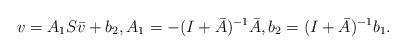
LaTeX: \begin{align*}v=A_1 S\bar v+b_2,A_1=-(I+\bar A)^{-1}\bar A,b_2=(I+\bar A)^{-1}b_1.\end{align*}